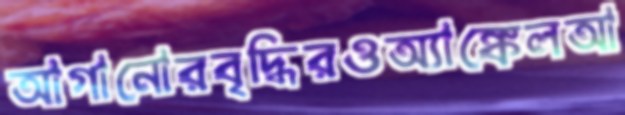
আগানোরবৃদ্ধিরওঅ্যাঙ্কেলআ